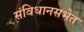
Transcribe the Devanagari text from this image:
संविधानसभेत